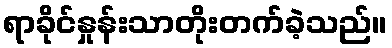
ရာခိုင်နှုန်းသာတိုးတက်ခဲ့သည်။